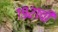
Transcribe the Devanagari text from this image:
१९२१ची